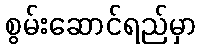
စွမ်းဆောင်ရည်မှာ